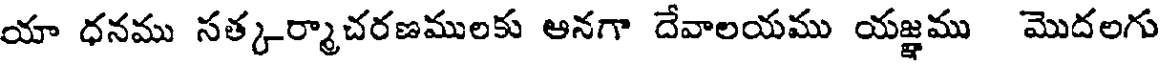
యా ధనము సత్కర్మాచరణములకు అనగా దేవాలయము యజ్ఞము మొదలగు